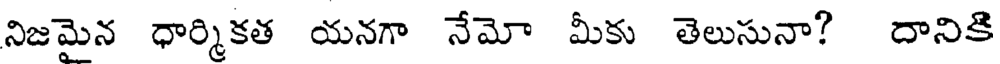
నిజమైన ధార్మికత యనగా నేమో మీకు తెలుసునా? దానికి